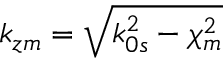
k _ { z m } = \sqrt { k _ { 0 s } ^ { 2 } - \chi _ { m } ^ { 2 } }